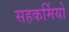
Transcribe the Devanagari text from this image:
सहकर्मियो